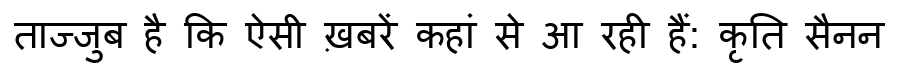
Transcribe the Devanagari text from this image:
ताज्जुब है कि ऐसी ख़बरें कहां से आ रही हैं: कृति सैनन